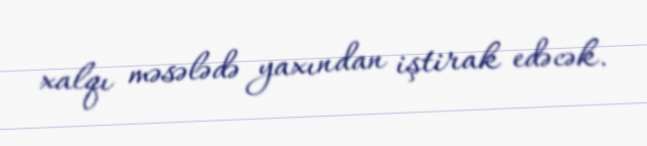
xalqı məsələdə yaxından iştirak edəcək.